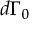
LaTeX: d \Gamma _ { 0 }